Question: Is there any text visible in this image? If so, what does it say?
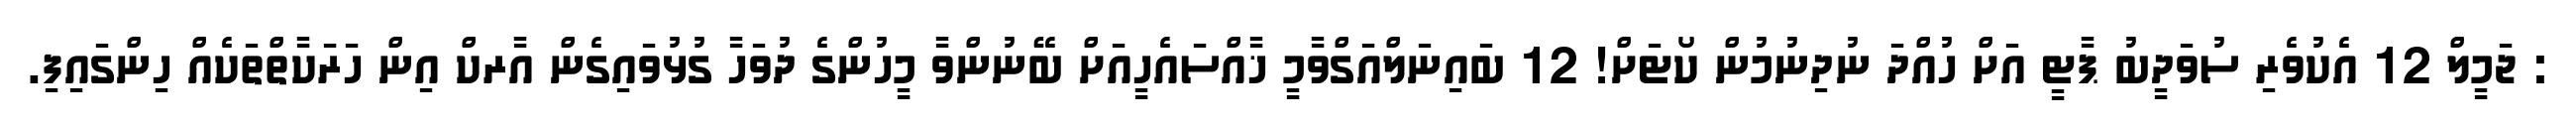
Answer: : ޖަމީލް 12 އެކުވެރި ސުވަދީބު ޕާޓީ އަށް ހުއްދަ ނުދިނުމުން ކޯޓަށް! 12 ބައިނަލްއަގްވާމީ ޚާއްސައެހީއަށް ބޭނުންވާ މީހުންގެ ދުވަހާ ގުޅުވައިގެން އާރކް އިން ހަރަކާތްތަކެއް ހިންގައިފި.